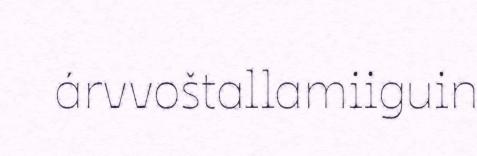
árvvoštallamiiguin